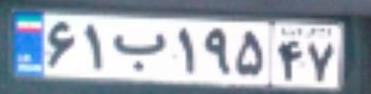
۶۱ب۱۹۵۴۷